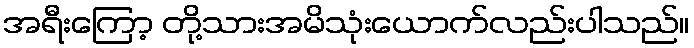
အရီးကြော့ တို့သားအမိသုံးယောက်လည်းပါသည်။